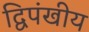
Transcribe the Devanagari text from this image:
द्विपंखीय